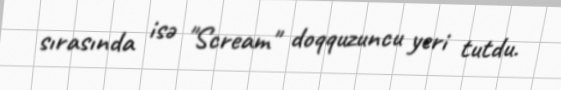
sırasında isə "Scream" doqquzuncu yeri tutdu.